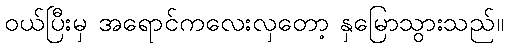
ဝယ်ပြီးမှ အရောင်ကလေးလှတော့ နှမြောသွားသည်။